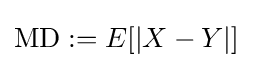
\mathrm {MD} :=E[|X-Y|]